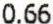
0.66